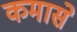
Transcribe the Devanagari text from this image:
कमासे